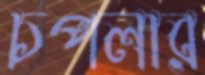
চপলার